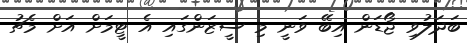
ބަދަލުވި ޖޯޑަން އިބޭ ވަނީ މި ސީޒަންގައި އެ ޓީމަށް އަށް މެޗު